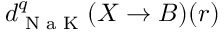
d _ { \textrm { N a K } } ^ { q } ( X \to B ) ( r )